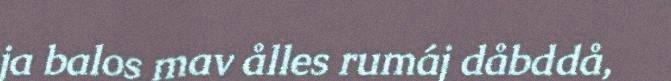
ja balos mav ålles rumáj dåbddå,